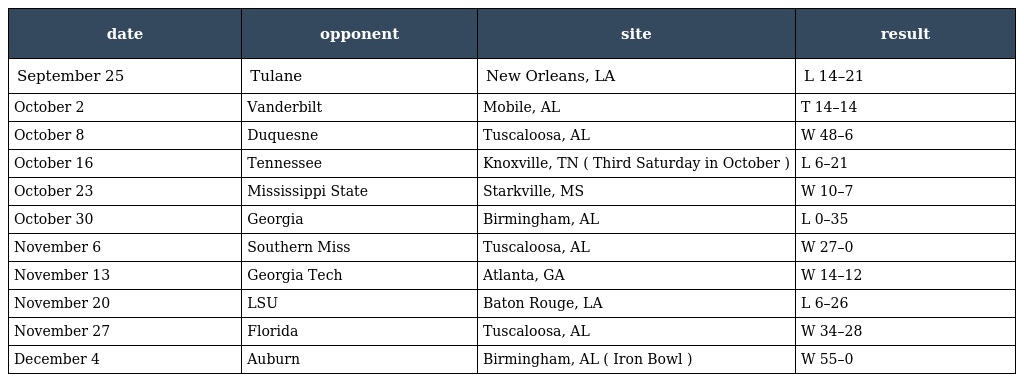
| date | opponent | site | result |
 | --- | --- | --- | --- |
 | September 25 | Tulane | New Orleans, LA | L 14–21 |
 | October 2 | Vanderbilt | Mobile, AL | T 14–14 |
 | October 8 | Duquesne | Tuscaloosa, AL | W 48–6 |
 | October 16 | Tennessee | Knoxville, TN ( Third Saturday in October ) | L 6–21 |
 | October 23 | Mississippi State | Starkville, MS | W 10–7 |
 | October 30 | Georgia | Birmingham, AL | L 0–35 |
 | November 6 | Southern Miss | Tuscaloosa, AL | W 27–0 |
 | November 13 | Georgia Tech | Atlanta, GA | W 14–12 |
 | November 20 | LSU | Baton Rouge, LA | L 6–26 |
 | November 27 | Florida | Tuscaloosa, AL | W 34–28 |
 | December 4 | Auburn | Birmingham, AL ( Iron Bowl ) | W 55–0 |